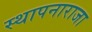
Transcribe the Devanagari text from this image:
स्थापनाराजा